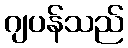
ဂျပန်သည်